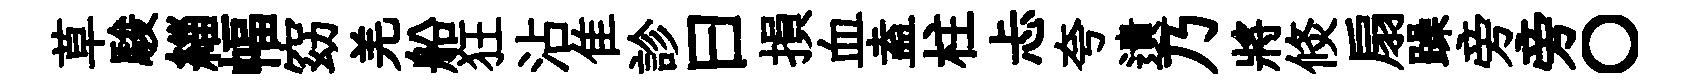
草駿緇幅窈羌船狂沾隹診曰損血盍柱忐夸遺乃將倐扇躁旁旁〇